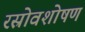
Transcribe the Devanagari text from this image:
रस्रोवशोषण